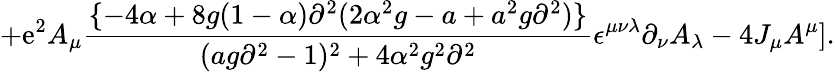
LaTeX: +\mathrm{e}^{2}A_{\mu}{\frac{{\{ -4\alpha+8g(1-\alpha)\partial^{2}(2\alpha^{2}g-a+a^{2}g\partial^{2})\} }}{{(ag\partial^{2}-1)^{2}+4\alpha^{2}g^{2}\partial^{2}}}}\epsilon^{\mu\nu\lambda}\partial_{\nu}A_{\lambda}-4J_{\mu}A^{\mu}].